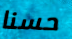
حسنا